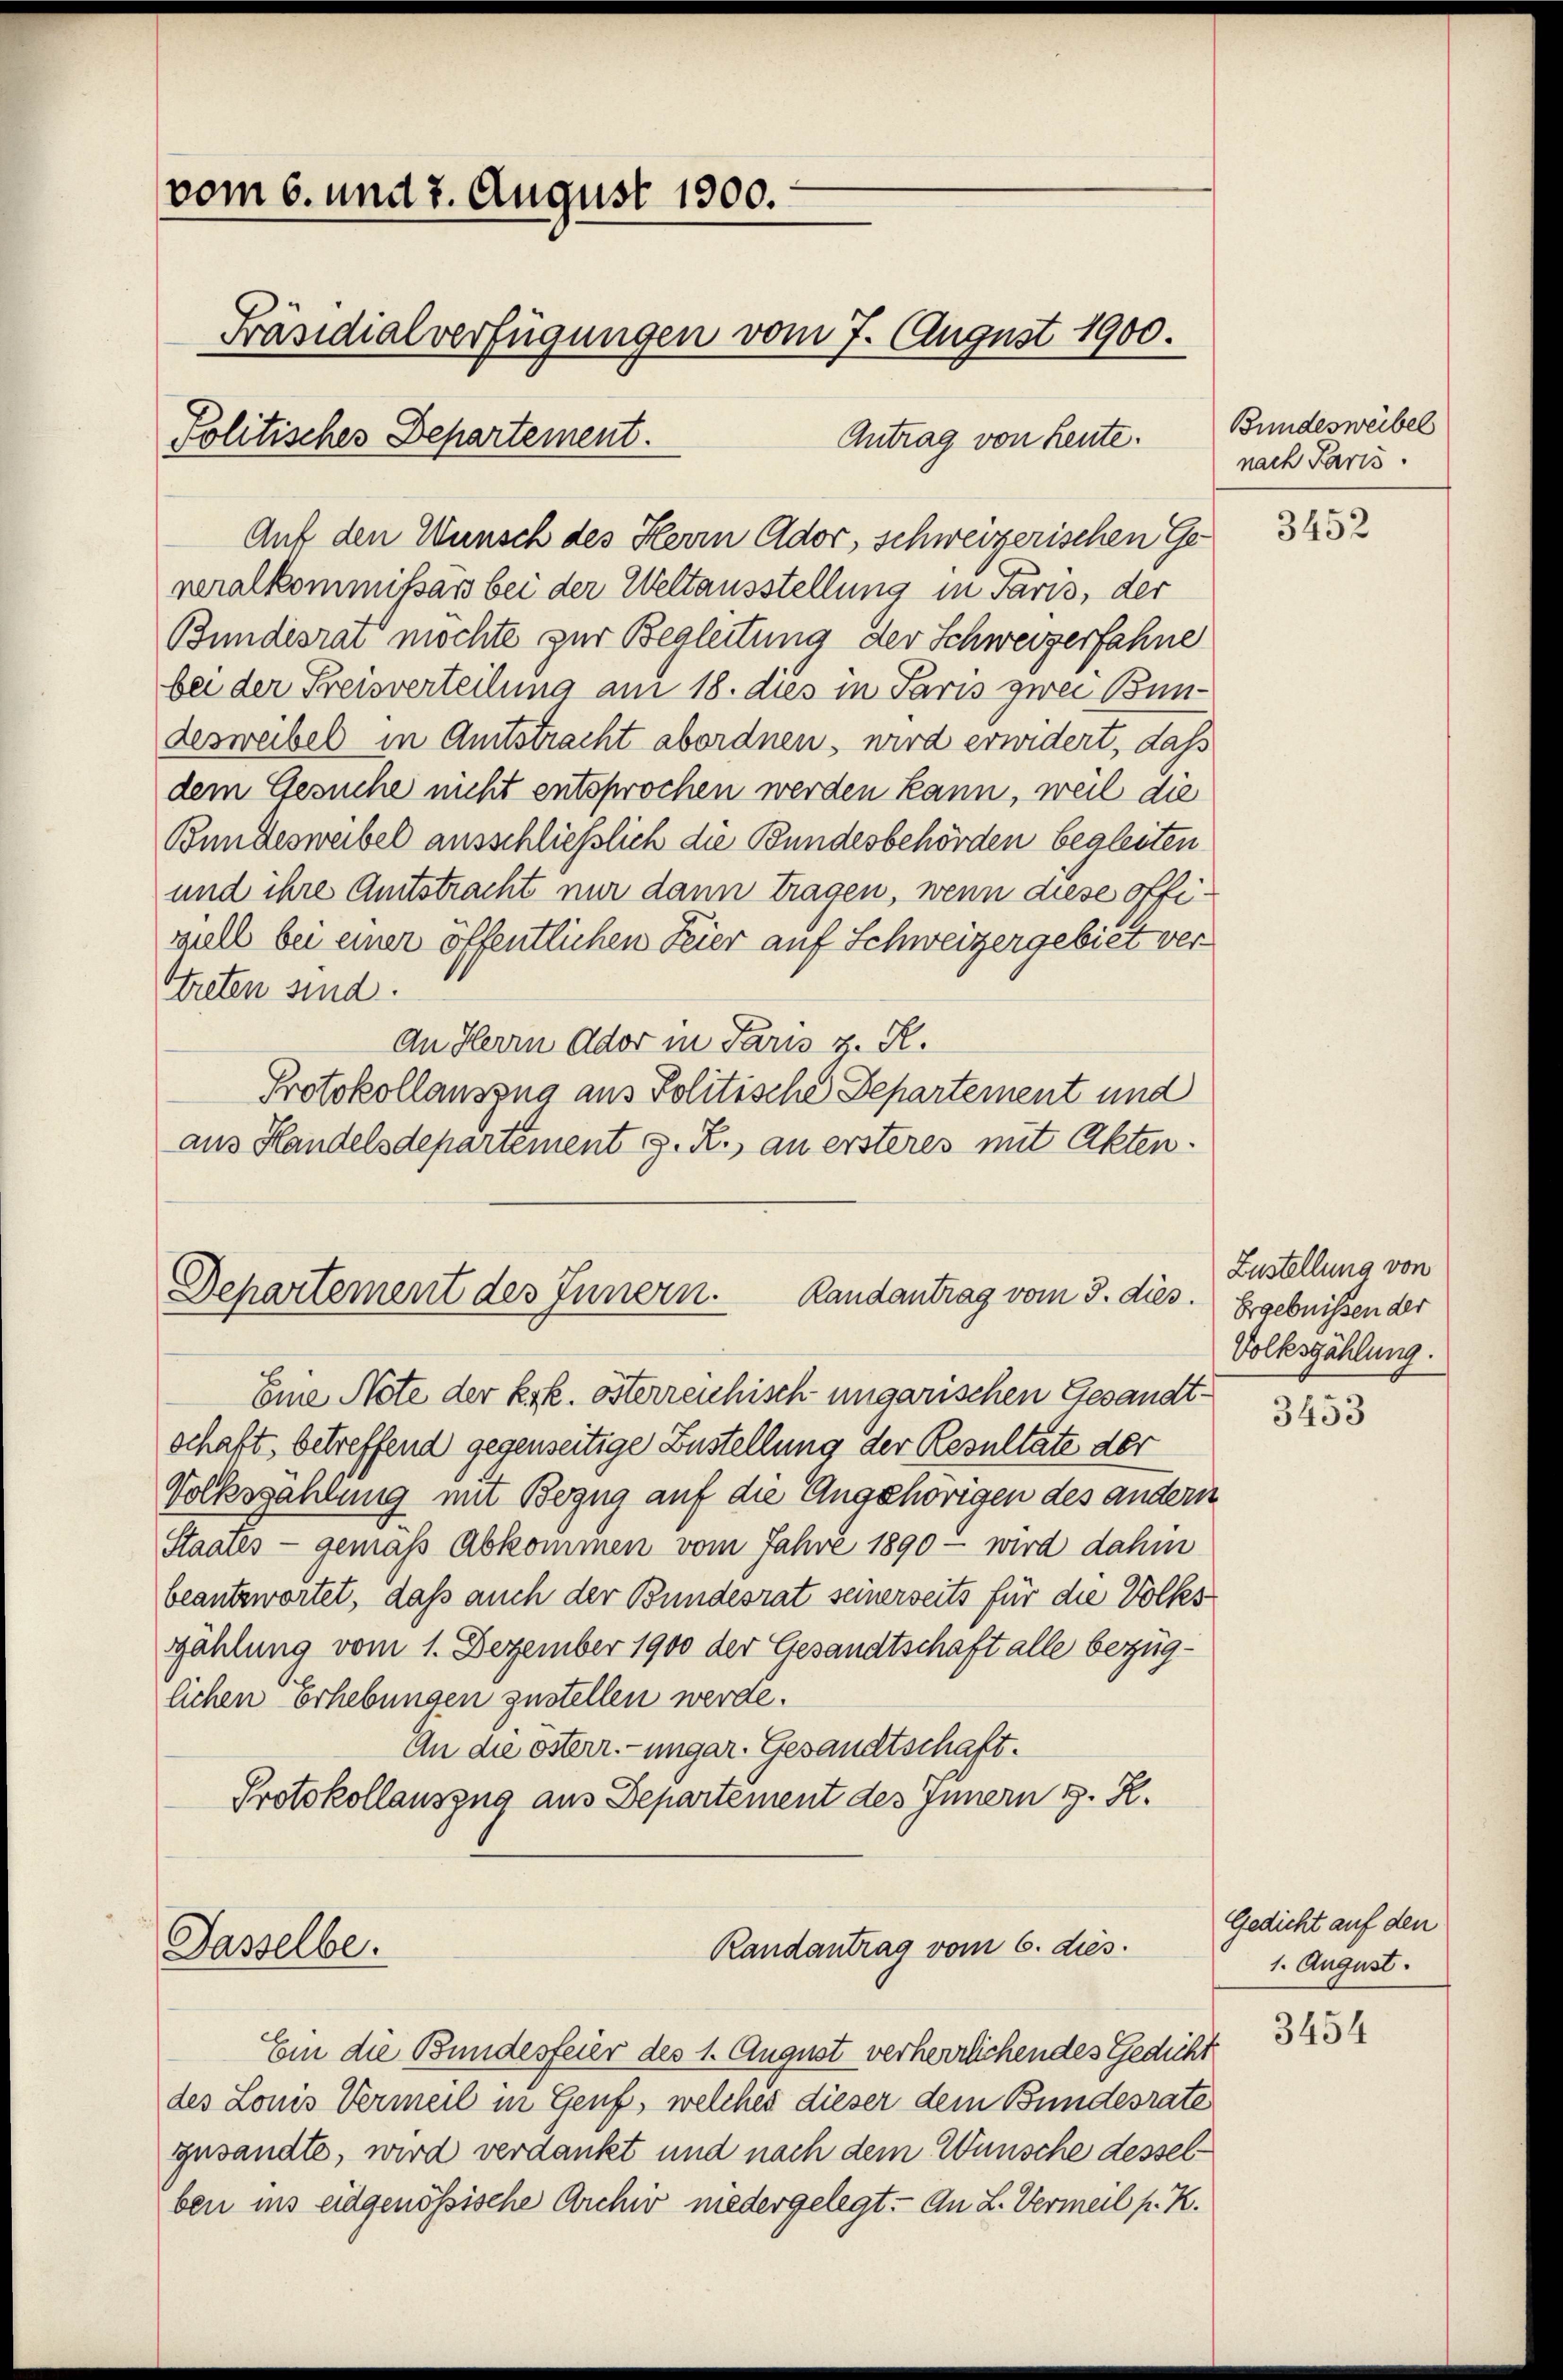
vom 6. und 2. August 1900.
Präsidialverfügungen vom 7. August 1900.
Politisches Departement.
Antrag von heute.

Auf den Wunsch des Herrn Ador, schweizerischen Ge-
neralkommissärs bei der Weltausstellung in Paris, der
Bundesrat möchte zur Begleitung der Schweizerfahne
bei der Freisverteilung am 18. dies in Paris zwei Bundesweibel in Amtstracht abordnen, wird erwidert, dass
dem Gesuche nicht entsprochen werden kann, weil die
Bundesweibel ausschließlich die Bundesbehörden begleiten
und ihre Amtstracht nur dann tragen, wenn diese offiziell bei einer öffentlichen Feier auf Schweizergebiet verttreten sind.
An Herrn Ador in Paris z. R.
Protokollauszug aus Politische Departement und
aus Handelsdepartement z. R., an ersteres mit Akten.

Departement des Innern.
Randantrag vom 3. die¬

Jasselbe.

Eine Note der k.k. österreichisch ungarischen Gesandtschaft, betreffend gegenseitige Zustellung der Resultate der
Volkszahlung mit Bezug auf die Angehörigen des andern
Staates - gemäss Abkommen vom Jahre 1890 wird dahin
beantwortet, daß auch der Bundesrat seinerseits für die Volksszählung vom 1. Dezember 1900 der Gesandtschaft alle bezüglichen erhebungen zustellen werde.
An die österr.-ungar. Gesandtschaft.
Protokollauszug aus Departement des Innern d. R.

Randantrag vom 6. dies.

3.

Ein die Bundesfeier des 1. August verherrlichendes Gedicht
des Louis Vermeil in Genf, welches dieser dem Bundesrate
gesandte, wird verdankt und nach dem Wünsche desselben ins eidgenössische Archiv niedergelegt.- An L. Vermeil p. K.

Bundesweibel
nach Paris.

3452

Zustellung von
Ergebnissen der
Volkszählung.

3453

Gedicht auf den
1. August.

3454